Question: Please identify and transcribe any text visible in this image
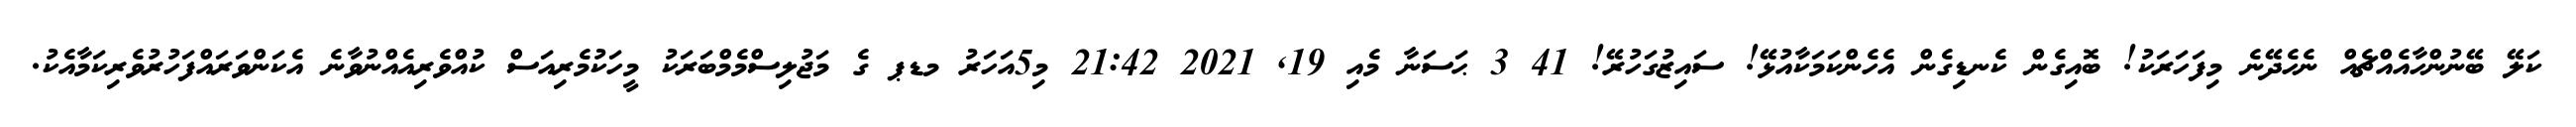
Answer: ކަލޭ ބޭނުންހާއެއްޗެއް ނެހެދޭނެ މިފަހަރަކު! ބޮއިގެން ކެނޑިގެން އެހެންކަމަކާއުޅޭ! ސައިޒުގަހުރޭ! 41 3 ޙަސަނާ މެއި 19, 2021 21:42 މި5އަހަރު މޑޕ ގެ މަޖުލިސްމެމްބަރަކު މީހަކުމެރިއަސް ކުއްވެރިއެއްނުވާނެ އެކަންވަރައްފަހުރުވެރިކަމާއެކު.